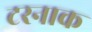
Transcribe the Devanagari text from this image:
टरनाक